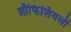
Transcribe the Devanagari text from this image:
ऑफिशियली